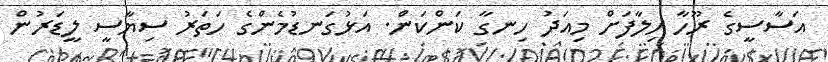
އަސާސީގެ ރޫހާ ހިލާފަށް މިއަދު ހިނގާ ކަންކަން. އަޅުގަނޑުމެންގެ ހަތަރު ސިޔާސީ ލީޑަރުން